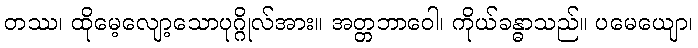
တဿ၊ ထိုမေ့လျော့သောပုဂ္ဂိုလ်အား။ အတ္တဘာဝေါ၊ ကိုယ်ခန္ဓာသည်။ ပမေယျော၊